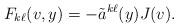
LaTeX: \begin{align*}F_{k\ell}(v,y)=-\tilde{a}^{k\ell}(y)J(v).\end{align*}